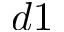
d 1